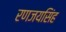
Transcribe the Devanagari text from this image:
रणजयसिंह